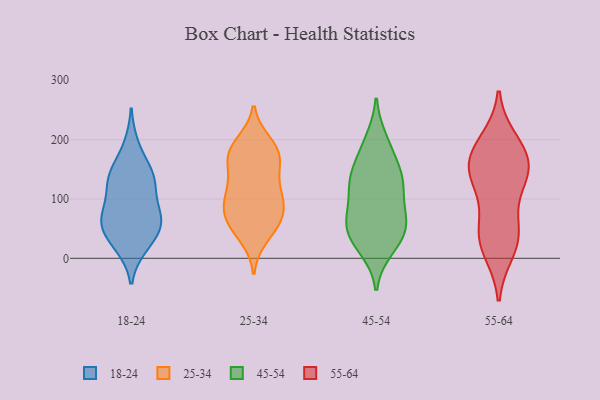
{"axis": {"x": "Waste Production (Tons)", "y": "Value"}, "legend": ["18-24", "25-34", "45-54", "55-64"], "data": [{"x": "", "y": 49, "type": "18-24"}, {"x": "", "y": 66, "type": "18-24"}, {"x": "", "y": 66, "type": "18-24"}, {"x": "", "y": 138, "type": "18-24"}, {"x": "", "y": 24, "type": "18-24"}, {"x": "", "y": 50, "type": "18-24"}, {"x": "", "y": 76, "type": "18-24"}, {"x": "", "y": 136, "type": "18-24"}, {"x": "", "y": 111, "type": "18-24"}, {"x": "", "y": 132, "type": "18-24"}, {"x": "", "y": 73, "type": "18-24"}, {"x": "", "y": 21, "type": "18-24"}, {"x": "", "y": 145, "type": "18-24"}, {"x": "", "y": 189, "type": "18-24"}, {"x": "", "y": 112, "type": "25-34"}, {"x": "", "y": 168, "type": "25-34"}, {"x": "", "y": 179, "type": "25-34"}, {"x": "", "y": 150, "type": "25-34"}, {"x": "", "y": 113, "type": "25-34"}, {"x": "", "y": 36, "type": "25-34"}, {"x": "", "y": 89, "type": "25-34"}, {"x": "", "y": 185, "type": "25-34"}, {"x": "", "y": 49, "type": "25-34"}, {"x": "", "y": 95, "type": "25-34"}, {"x": "", "y": 56, "type": "25-34"}, {"x": "", "y": 182, "type": "25-34"}, {"x": "", "y": 72, "type": "25-34"}, {"x": "", "y": 82, "type": "25-34"}, {"x": "", "y": 194, "type": "25-34"}, {"x": "", "y": 162, "type": "25-34"}, {"x": "", "y": 68, "type": "25-34"}, {"x": "", "y": 123, "type": "25-34"}, {"x": "", "y": 125, "type": "45-54"}, {"x": "", "y": 30, "type": "45-54"}, {"x": "", "y": 57, "type": "45-54"}, {"x": "", "y": 17, "type": "45-54"}, {"x": "", "y": 28, "type": "45-54"}, {"x": "", "y": 55, "type": "45-54"}, {"x": "", "y": 116, "type": "45-54"}, {"x": "", "y": 153, "type": "45-54"}, {"x": "", "y": 129, "type": "45-54"}, {"x": "", "y": 74, "type": "45-54"}, {"x": "", "y": 121, "type": "45-54"}, {"x": "", "y": 199, "type": "45-54"}, {"x": "", "y": 62, "type": "45-54"}, {"x": "", "y": 63, "type": "45-54"}, {"x": "", "y": 149, "type": "45-54"}, {"x": "", "y": 189, "type": "45-54"}, {"x": "", "y": 35, "type": "55-64"}, {"x": "", "y": 131, "type": "55-64"}, {"x": "", "y": 134, "type": "55-64"}, {"x": "", "y": 46, "type": "55-64"}, {"x": "", "y": 137, "type": "55-64"}, {"x": "", "y": 195, "type": "55-64"}, {"x": "", "y": 171, "type": "55-64"}, {"x": "", "y": 15, "type": "55-64"}, {"x": "", "y": 164, "type": "55-64"}, {"x": "", "y": 175, "type": "55-64"}, {"x": "", "y": 43, "type": "55-64"}]}